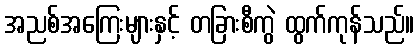
အညစ်အကြေးများနှင့် တခြားစီကွဲ ထွက်ကုန်သည်။